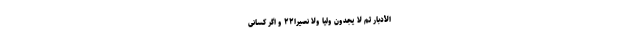
الْأَدْبَارَ ثُمَّ لَا يَجِدُونَ وَلِيًّا وَلَا نَصِيرًا۲۲ و اگر كسانى